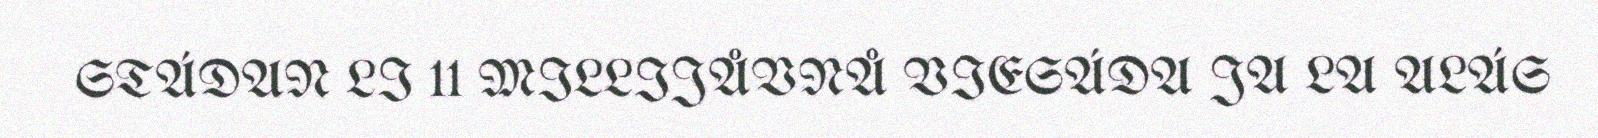
STÁDAN LI 11 MILLIJÅVNÅ VIESÁDA JA LA ALÁS